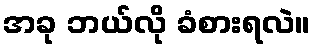
အခု ဘယ်လို ခံစားရလဲ။